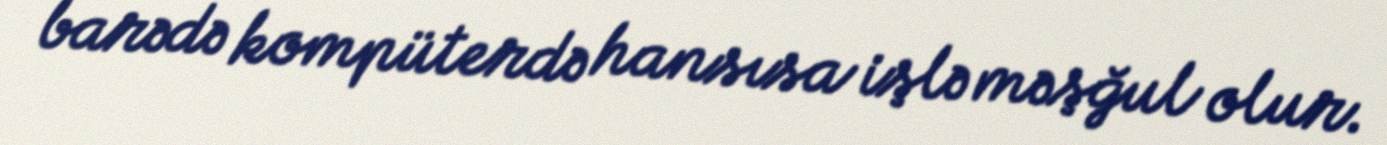
barədə kompüterdə hansısa işlə məşğul olur.